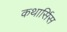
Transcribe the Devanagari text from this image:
कथार्सिस